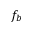
f _ { b }